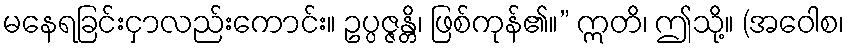
မနေရခြင်းငှာလည်းကောင်း။ ဥပ္ပဇ္ဇန္တိ၊ ဖြစ်ကုန်၏။” ဣတိ၊ ဤသို့။ (အဝေါစ၊